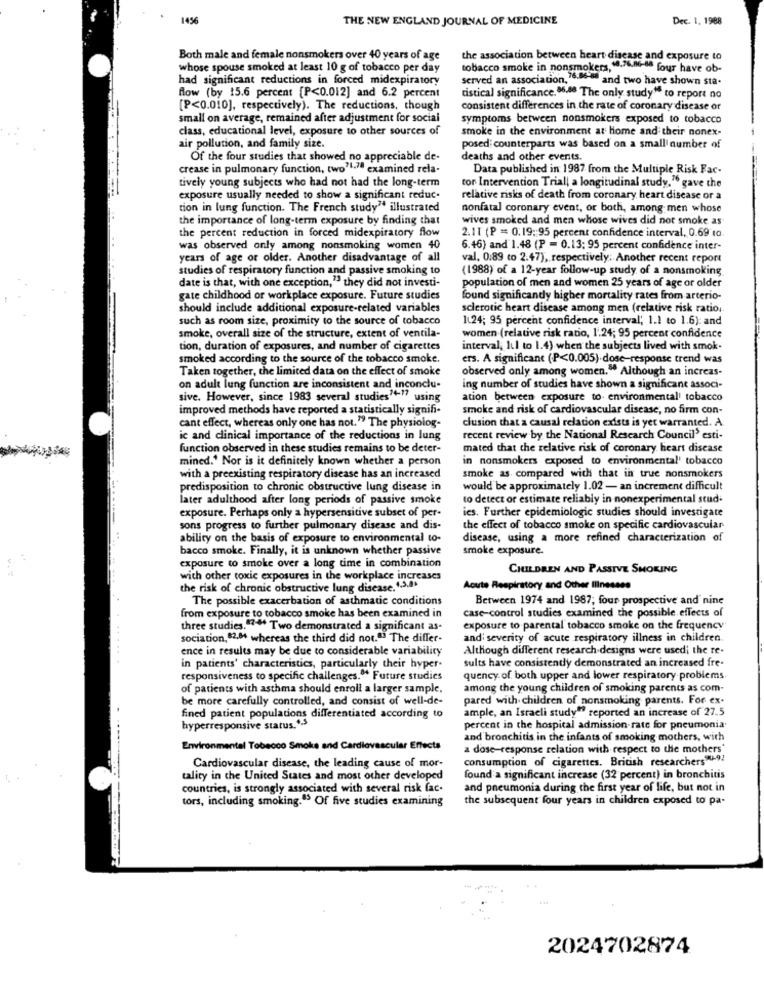
1456
THE NEW ENGLAND JOURNAL OF MEDICINE
Dec. 1. 1988
Both male and female nonsmokers over 40 years of age
the association between heart disease and exposure to
whose spouse smoked at least 10 g of tobacco per day
tobacco smoke in nonsmokers, . 76.M-is four have ob-
had significant reductions in forced midexpiratory
served an association, 76.86-18 and two have shown sta.
flow (by 15.6 percent [P<0.012] and 6.2 percent
tistical significance. 06.40 The only study" to report no
[P<0.010], respectively). The reductions, though
consistent differences in the rate of coronary disease or
small on average, remained after adjustment for social
symptoms between nonsmokers exposed to tobacco
class, educational level, exposure to other sources of
smoke in the environment at Home and their nonex-
air pollution, and family size.
posed: counterparts was based on a small number of
Of the four studies that showed no appreciable de-
deaths and other events.
crease in pulmonary function, two'l.7ª examined rela-
Data published in 1987 from the Multiple Risk Fac-
tively young subjects who had not had the long-term
tor Intervention Triall a longitudinal study." gave the
exposure usually needed to show a significant reduc-
relative risks of death from coronary heart disease or a
tion in lung function. The French study? illustrated
nonfatal coronary event, or both, among men whose
the importance of long-term exposure by finding that
wives smoked and men whose wives did not smoke as
the percent reduction in forced midexpiratory flow
2.11 (P = 0:19 :: 95 percent confidence interval, 0.69 to.
was observed only among nonsmoking women 40
6.46) and 1.48 (P = 0.13; 95 percent confidence inter-
years of age or older. Another disadvantage of all
val, 0.89 to 2.47), respectively; Another recent report
studies of respiratory function and passive smoking to
(1988) of a 12-year follow-up study of a nonsmoking
date is that, with one exception," they did not investi-
population of men and women 25 years of age or older
gate childhood or workplace exposure. Future studies
found significandy higher mortality rates from arterio-
should include additional exposure-related variables
sclerotic heart disease among men (relative risk ratio.
such as room size, proximity to the source of tobacco
1124; 95 percent confidence interval, 1.1 to 1.6): and
smoke, overall size of the structure, extent of ventila-
women.(relative risk ratio, 1'.24; 95 percent confidence
tion, duration of exposures, and number of cigarettes
interval, Iul to 1.4) when the subjects lived with smok.
smoked according to the source of the tobacco smoke.
ers. A significant (P<0.005) dose-response trend was
Taken together, the limited data on the effect of smoke
observed only among women." Although an increas-
on adult lung function are inconsistent and inconclu-
ing number of studies have shown a significant associ-
sive. However, since 1983 several studies"-" using
ation between exposure to- environmental' tobacco
improved methods have reported a statistically signifi-
smoke and risk of cardiovascular disease, no firm con-
cant effect, whereas only one has not. " The physiolog-
clusion that a causal relation exists is yet warranted. A.
ic and clinical importance of the reductions in lung
recent review by the National Research Council' esti-
function observed in these studies remains to be deter-
mated that the relative risk of coronary heart disease
mined.' Nor is it definitely known whether a person
in nonsmokers exposed to environmental' tobacco
with a preexisting respiratory disease has an increased
smoke as compared with that in true nonsmokers
predisposition to chronic obstructive lung disease in
would be approximately 1.02 - an increment difficult
later adulthood after long periods of passive smoke
to detect or estimate reliably in nonexperimental stud-
exposure. Perhaps only a hypersensitive subset of per-
ies. Further epidemiologic studies should investigate
sons progress to further pulmonary disease and dis-
the effect of tobacco smoke on specific cardiovascular
ability on the basis of exposure to environmental to-
disease, using a more refined characterization of
bacco smoke. Finally, it is unknown whether passive
smoke exposure.
exposure to smoke over a long time in combination
CHILDREN AND PASSIVE SMOKING
with other toxic exposures in the workplace increases
the risk of chronic obstructive lung disease. 4,3,4%
Acute Respiratory and Other Illnesses
The possible exacerbation of asthmatic conditions
Between 1974 and 1987; four prospective and nine
case-control studies examined the possible effects of
from exposure to tobacco smoke has been examined in
three studies. 74. Two demonstrated a significant as-
exposure to parental tobacco smoke on the frequency
sociation, $2.84 whereas the third did not." The differ-
andi severity of acute respiratory illness in children
.....
ence in results may be due to considerable variability
Although different research designs were used; the re-
sults have consistently demonstrated an increased fre-
in patients' characteristics, particularly their hyper-
responsiveness to specific challenges." Future studies
quency of both upper and lower respiratory problems.
of patients with asthma should enroll a larger sample.
among the young children of smoking parents as com-
be more carefully controlled, and consist of well-de-
pared with children of nonsmoking parents. For ex-
ample, an Israeli study" reported an increase of 27.5
fined patient populations differentiated according to
hyperresponsive status."-s
percent in the hospital admission-rate for pneumonia
and bronchitis in the infants of smoking mothers, with
Environmental Tobacco Smoke and Cardiovascular Effects
a dose-response relation with respect to the mothers'
consumption of cigarettes. British researchers"-91
Cardiovascular disease, the leading cause of mor-
tality in the United States and most other developed
found a significant increase (32 percent) in bronchitis
countries, is strongly associated with several risk fac.
and pneumonia during the first year of life, but not in
tors, including smoking.ª5 Of five studies examining
the subsequent four years in children exposed to pa-
2024702874